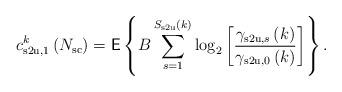
LaTeX: \begin{align*}c^k_{\mathrm{s2u},1}\left( N_{\mathrm{sc}} \right) = \mathsf{E} \left\lbrace B \sum^{S_{\mathrm{s2u}}\left( k \right)}_{s=1} \log_2\left[ \frac{\gamma_{\mathrm{s2u},s}\left( k \right)}{\gamma_{\mathrm{s2u},0}\left( k \right)} \right] \right\rbrace.\end{align*}